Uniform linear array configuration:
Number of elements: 8
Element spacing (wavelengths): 1
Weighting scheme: hamming
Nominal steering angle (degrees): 30
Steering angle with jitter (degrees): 28.895
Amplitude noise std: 0.05
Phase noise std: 0.05

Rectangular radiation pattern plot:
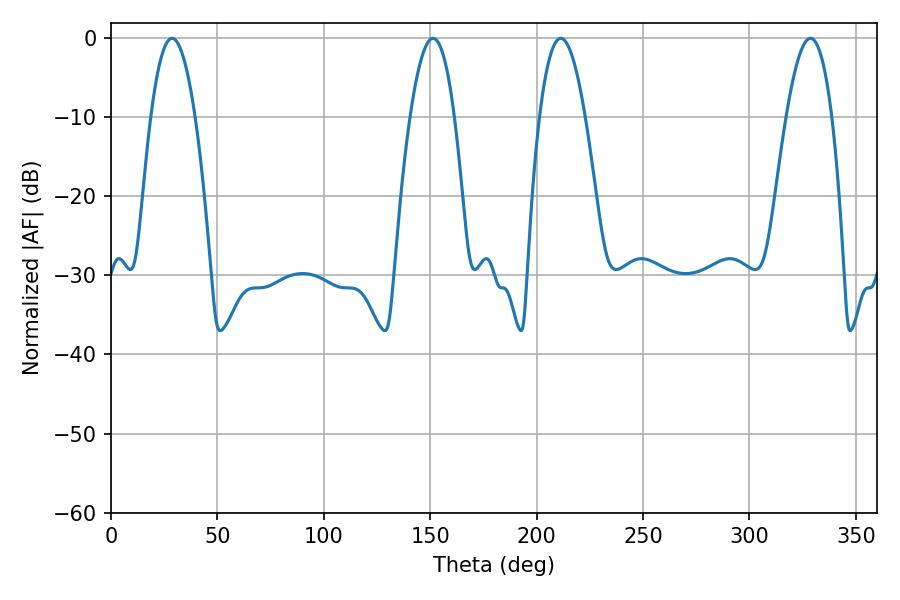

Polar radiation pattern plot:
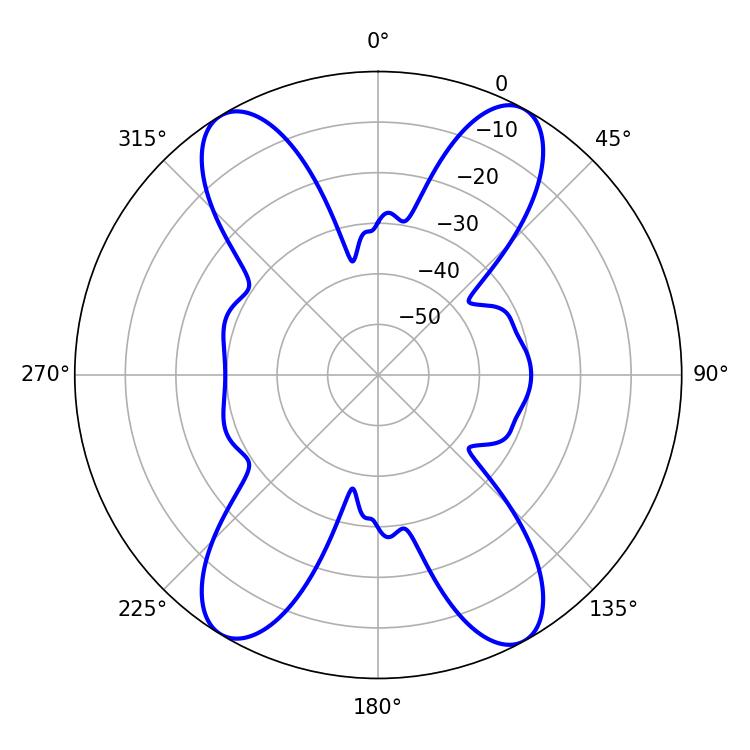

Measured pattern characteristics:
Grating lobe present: TRUE
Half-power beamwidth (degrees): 11.7
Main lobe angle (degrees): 211.32